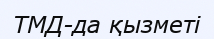
ТМД-да қызметі